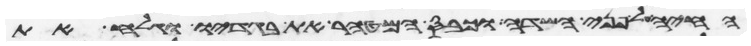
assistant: החיה על פני השדה וכבס המטהר את בגדיו וגלח את